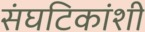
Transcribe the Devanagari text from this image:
संघटिकांशी